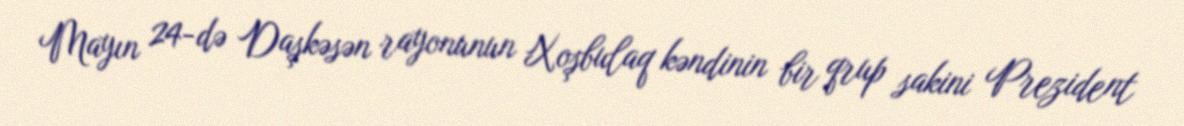
Mayın 24-də Daşkəsən rayonunun Xoşbulaq kəndinin bir qrup sakini Prezident